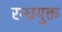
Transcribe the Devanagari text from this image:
रन्ध्रयुक्त